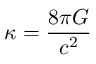
\kappa = { \frac { 8 \pi G } { c ^ { 2 } } }